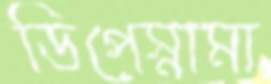
ডিপেস্নামা